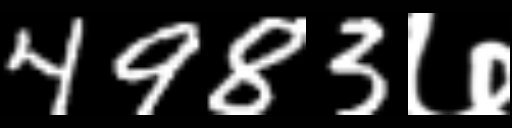
Text: 4983७